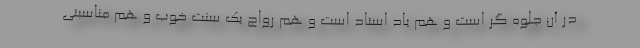
در آن جلوه گر است و هم یاد استاد است و هم رواج یک سنت خوب و هم مناسبتی